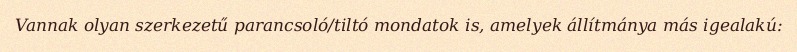
Vannak olyan szerkezetű parancsoló/tiltó mondatok is, amelyek állítmánya más igealakú: